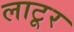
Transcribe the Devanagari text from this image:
लाटूर